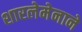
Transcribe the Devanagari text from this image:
शारलेमेनाने